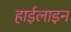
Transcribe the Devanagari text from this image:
हाईलाइन